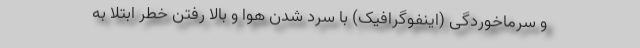
و سرماخوردگی (اینفوگرافیک) با سرد شدن هوا و بالا رفتن خطر ابتلا به